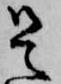
是